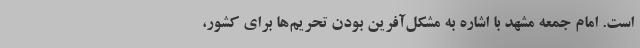
است. امام جمعه مشهد با اشاره به مشکل‌آفرین بودن تحریم‌ها برای کشور،